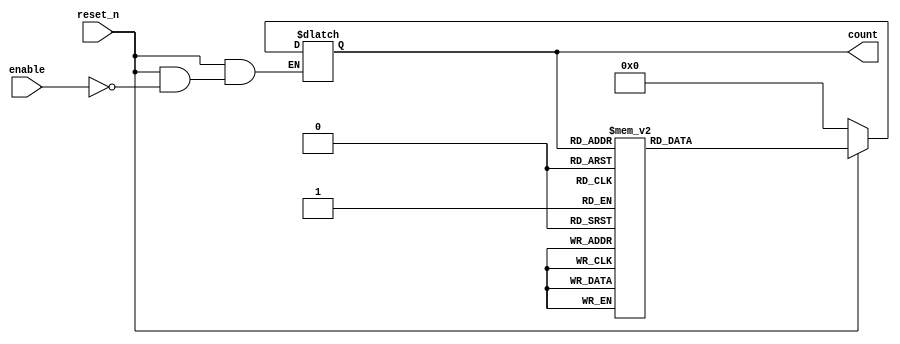
module async_counter (
    input wire enable,       // Enable signal to increment the counter
    input wire reset_n,     // Active-low asynchronous reset
    output reg [3:0] count   // 4-bit counter output
);

// Asynchronous reset and counting logic
always @* begin
    if (!reset_n) begin
        count = 4'b0000;   // Reset counter to 0
    end else if (enable) begin
        case (count)
            4'b0000: count = 4'b0001;
            4'b0001: count = 4'b0010;
            4'b0010: count = 4'b0011;
            4'b0011: count = 4'b0100;
            4'b0100: count = 4'b0101;
            4'b0101: count = 4'b0110;
            4'b0110: count = 4'b0111;
            4'b0111: count = 4'b1000;
            4'b1000: count = 4'b1001;
            4'b1001: count = 4'b1010;
            4'b1010: count = 4'b1011;
            4'b1011: count = 4'b1100;
            4'b1100: count = 4'b1101;
            4'b1101: count = 4'b1110;
            4'b1110: count = 4'b1111;
            4'b1111: count = 4'b0000; // Wrap around to 0
            default: count = 4'b0000; // Default case, should never occur
        endcase
    end
end

endmodule